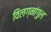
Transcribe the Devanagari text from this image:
विलग्नांगुल